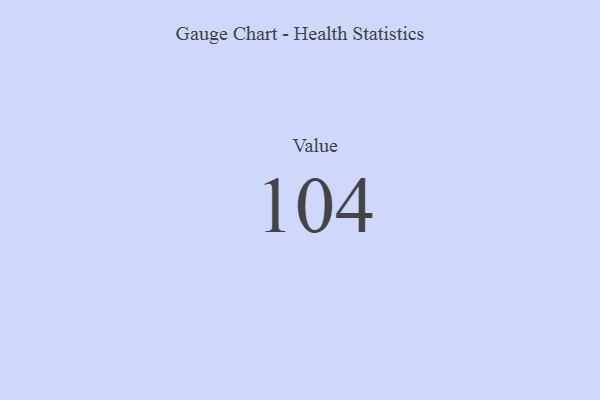
{"axis": {"x": "Metric", "y": "Value"}, "legend": [""], "data": [{"x": "Value", "y": 104, "type": ""}]}